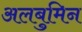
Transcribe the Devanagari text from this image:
अलबुमिन